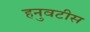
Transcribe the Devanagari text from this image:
हनुवटीस